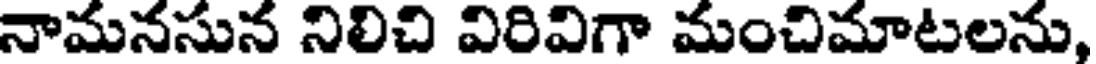
నామనసున నిలిచి విరివిగా మంచిమాటలను,